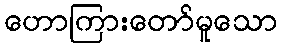
ဟောကြားတော်မူသော